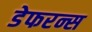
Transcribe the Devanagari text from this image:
डेफरन्स